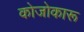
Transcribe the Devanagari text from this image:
कोजोकारू